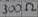
Text: 300Ω